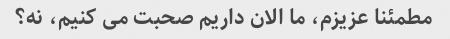
مطمئنا عزیزم، ما الان داریم صحبت می کنیم، نه؟